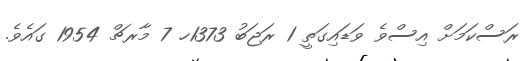
ރަސްކަމަށް އިސްވެ ވަޑައިގަތީ 1 ރަޖަބު 1373ހ 7 މާރޗް 1954 ގައެވެ.